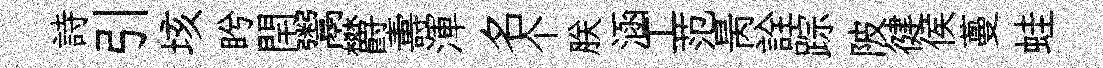
詩引垓盻閈鬻欝夀渾名个朕涵工范昺詮踪陂徤侯蔓蛙